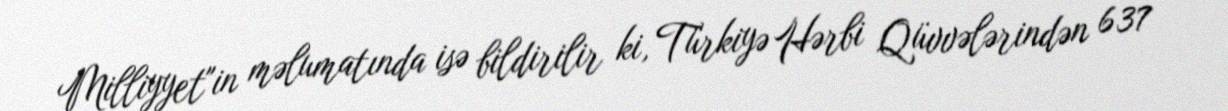
Milliyyet"in məlumatında isə bildirilir ki, Türkiyə Hərbi Qüvvələrindən 637